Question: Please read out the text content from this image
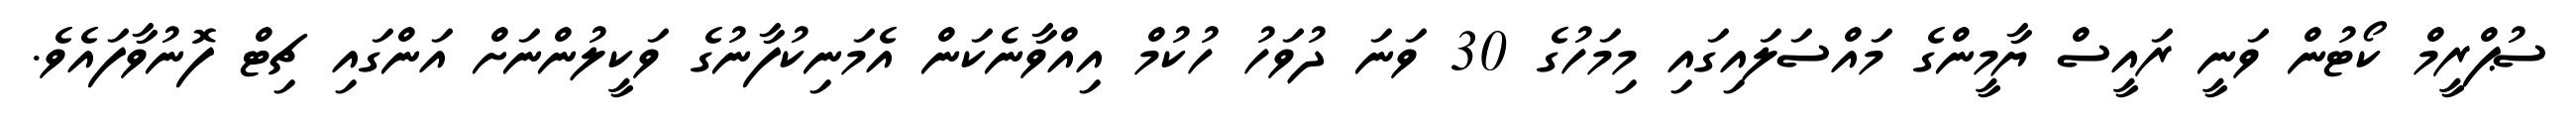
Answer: ސުޕްރީމް ކޯޓުން ވަނީ ރައީސް ޔާމީންގެ މައްސަލައިގައި މިމަހުގެ 30 ވަނަ ދުވަހު ހުކުމް އިއްވާނެކަން އެމަނިކުފާނުގެ ވަކީލުންނަށް އަންގައި ޗިޓް ފޮނުވާފައެވެ.